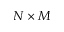
N \times M